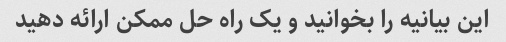
این بیانیه را بخوانید و یک راه حل ممکن ارائه دهید